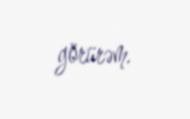
görürəm.